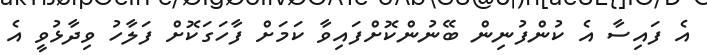
އެ ފައިސާ އެ ކުންފުނިން ބޭނުންކޮށްފައިވާ ކަމަށް ފާހަގަކޮށް ފަލާހު ވިދާޅުވީ އެ